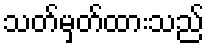
သတ်မှတ်ထားသည်